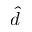
\hat { d }